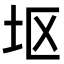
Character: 𫭟